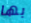
بها